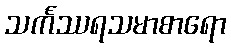
သင်္ကဿရသမာစာရော